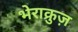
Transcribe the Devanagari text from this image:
भेराक्रुज़